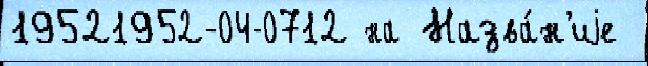
19521952-04-0712 на Назва́н'иjе